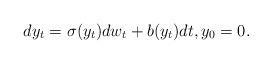
LaTeX: \begin{align*}dy_t = \sigma (y_t) dw_t + b (y_t) dt, y_0 =0.\end{align*}